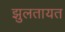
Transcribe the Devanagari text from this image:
झुलतायत